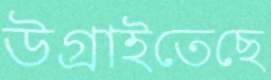
উগ্‌রাইতেছে